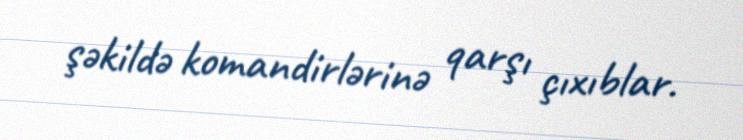
şəkildə komandirlərinə qarşı çıxıblar.